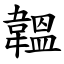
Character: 韞